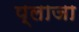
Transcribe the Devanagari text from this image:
प्‍लाजा